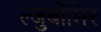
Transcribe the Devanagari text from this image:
ल्जुबोमिर